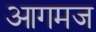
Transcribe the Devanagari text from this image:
आगमज